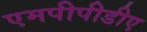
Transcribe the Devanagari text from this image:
एमपीपीडीए